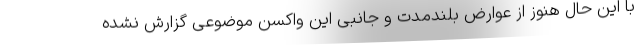
با این حال هنوز از عوارض بلندمدت و جانبی این واکسن موضوعی گزارش نشده